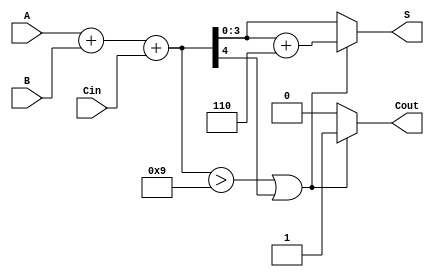
module BCD_Adder (
    input  wire [3:0] A,      // BCD Input A
    input  wire [3:0] B,      // BCD Input B
    input  wire Cin,          // Carry-in bit
    output reg  [3:0] S,      // BCD Sum Output
    output reg  Cout          // Carry-out bit
);

    wire [4:0] TempSum;       // 5-bit temporary sum to hold A + B + Cin
    wire correction_needed;    // Flag to check if correction is needed

    // Step 1: Compute the initial binary sum
    assign TempSum = A + B + Cin;

    // Step 2: Determine if correction is needed
    assign correction_needed = (TempSum > 5'd9) || (TempSum[4] == 1'b1);

    // Step 3: Calculate outputs
    always @(*) begin
        if (correction_needed) begin
            // Apply BCD correction by adding 6 (0110)
            S = TempSum + 5'd6; 
            Cout = 1'b1;  // Set carry-out since correction was applied
        end else begin
            S = TempSum[3:0];  // Assign the lower 4 bits of the sum
            Cout = 1'b0;       // No carry-out
        end
    end

endmodule